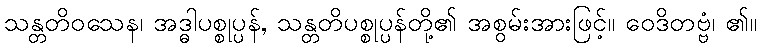
သန္တတိဝသေန၊ အဒ္ဓါပစ္စုပ္ပန်, သန္တတိပစ္စုပ္ပန်တို့၏ အစွမ်းအားဖြင့်။ ဝေဒိတဗ္ဗံ၊ ၏။